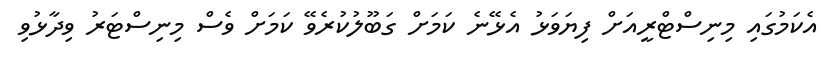
އެކަމުގައި މިނިސްޓްރީއަށް ފިޔަވަޅު އެޅޭނެ ކަމަށް ގަބޫލުކުރެވޭ ކަމަށް ވެސް މިނިސްޓަރު ވިދާޅުވި